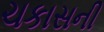
ચકાસની